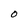
Character: O